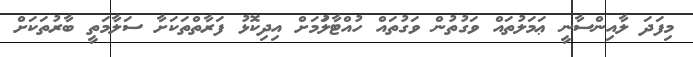
މިފަދަ ލާއިންސާނީ ޢަމަލުތައް ވަގުތުން ވަގުތައް ހުއްޓާލުަމަށް އިދިކޮޅު ފަރާތްތަކަށާ ސަލާމަތީ ބާރުތަކަށް